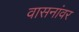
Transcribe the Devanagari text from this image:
वासनांवर